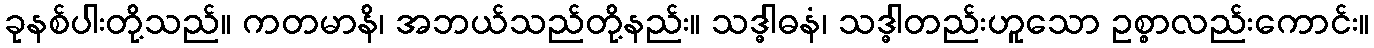
ခုနစ်ပါးတို့သည်။ ကတမာနိ၊ အဘယ်သည်တို့နည်း။ သဒ္ဓါဓနံ၊ သဒ္ဓါတည်းဟူသော ဥစ္စာလည်းကောင်း။